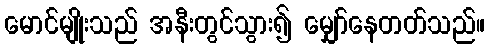
မောင်မျိုးသည် အနီးတွင်သွား၍ မျှော်နေတတ်သည်။